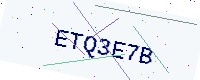
Text: ETQ3E7B